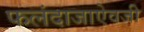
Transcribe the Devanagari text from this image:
फलंदाजाऐवजी